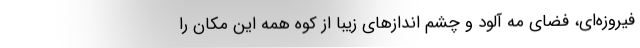
فیروزه‌ای، فضای مه آلود و چشم انداز‌های زیبا از کوه همه این مکان را